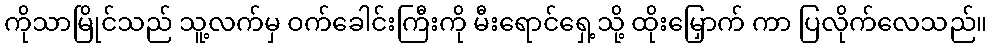
ကိုသာမြိုင်သည် သူ့လက်မှ ဝက်ခေါင်းကြီးကို မီးရောင်ရှေ့သို့ ထိုးမြှောက် ကာ ပြလိုက်လေသည်။